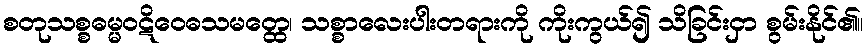
စတုသစ္စဓမ္မဝဋိဝေဓသမတ္ထေ၊ သစ္စာလေးပါးတရားကို ကိုးကွယ်၍ သိခြင်းငှာ စွမ်းနိုင်၏။